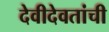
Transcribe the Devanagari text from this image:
देवीदेवतांची